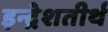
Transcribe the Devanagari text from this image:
इन्द्रेशतीर्थ